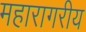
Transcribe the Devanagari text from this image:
महारागरीय